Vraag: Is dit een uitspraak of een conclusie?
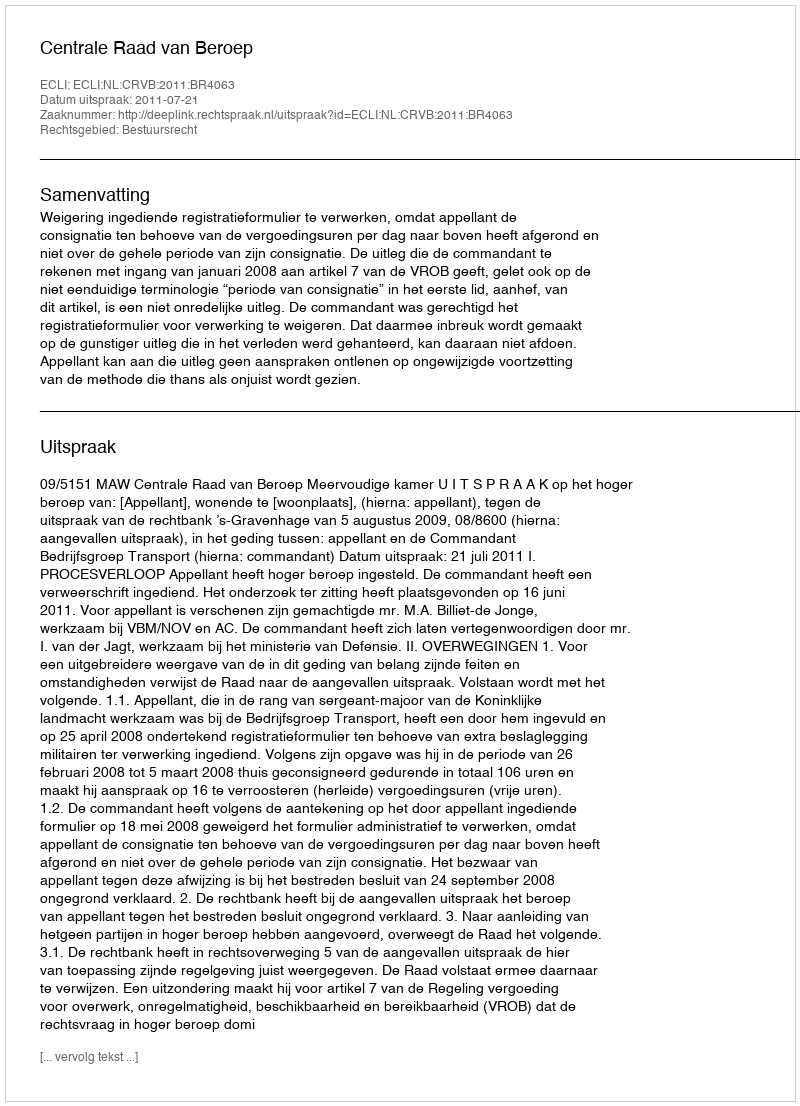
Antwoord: Uitspraak